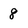
Character: 8